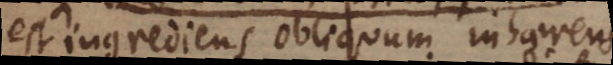
est ingrediens obliquum inhaerens,